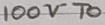
Text: 100VTO